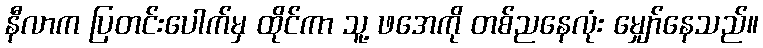
နီလာက ပြတင်းပေါက်မှ ထိုင်ကာ သူ့ ဖအေကို တစ်ညနေလုံး မျှော်နေသည်။